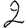
Digit: 2